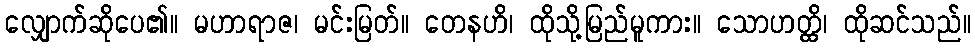
လျှောက်ဆိုပေ၏။ မဟာရာဇ၊ မင်းမြတ်။ တေနဟိ၊ ထိုသို့မြည်မူကား။ သောဟတ္ထိ၊ ထိုဆင်သည်။